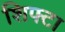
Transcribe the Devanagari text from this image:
शिफ्टा